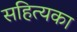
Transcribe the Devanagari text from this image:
सहित्यका